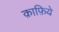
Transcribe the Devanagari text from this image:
क़ाफ़िये